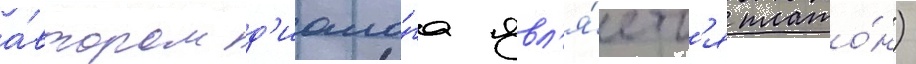
а́втором д'иало́га явл'я́етс'я плато́н)